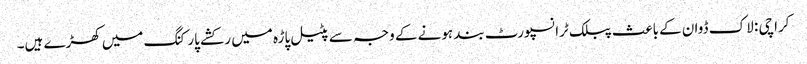
کراچی : لاک ڈوان کے باعث پبلک ٹرانسپورٹ بند ہونے کے وجہ سے پٹیل پاڑہ میں رکشے پارکنگ میں کھڑے ہیں۔